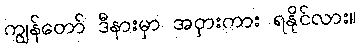
ကျွန်တော် ဒီနားမှာ အငှားကား ရနိုင်လား။